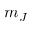
m _ { J }